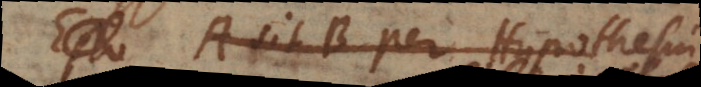
Esto A sit B per Hypothesin,